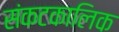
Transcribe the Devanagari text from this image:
संकटकालिक